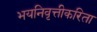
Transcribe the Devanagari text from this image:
भयनिवृत्तीकरिता